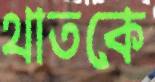
থাতকে